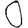
Digit: 0